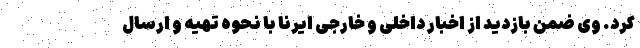
کرد. وی ضمن بازدید از اخبار داخلی و خارجی ایرنا با نحوه تهیه و ارسال